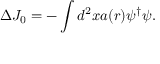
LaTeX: \Delta J _ { 0 } = - \int d ^ { 2 } x a ( r ) \psi ^ { \dagger } \psi .